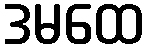
ဒမထေ